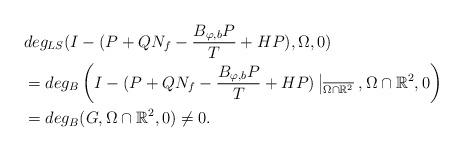
LaTeX: \begin{align*}& deg_{LS}(I-(P+QN_{f}- \frac{B_{\varphi,b}P}{T}+HP) ,\Omega,0)\\& = deg_{B}\left(I-(P+QN_{f}- \frac{B_{\varphi,b}P}{T}+HP)\left|_{\overline{\Omega \cap \mathbb{R}^{2}}}\right. ,\Omega \cap \mathbb{R}^{2}, 0\right)\\&=deg_{B}(G,\Omega \cap \mathbb{R}^{2},0)\neq 0.\end{align*}